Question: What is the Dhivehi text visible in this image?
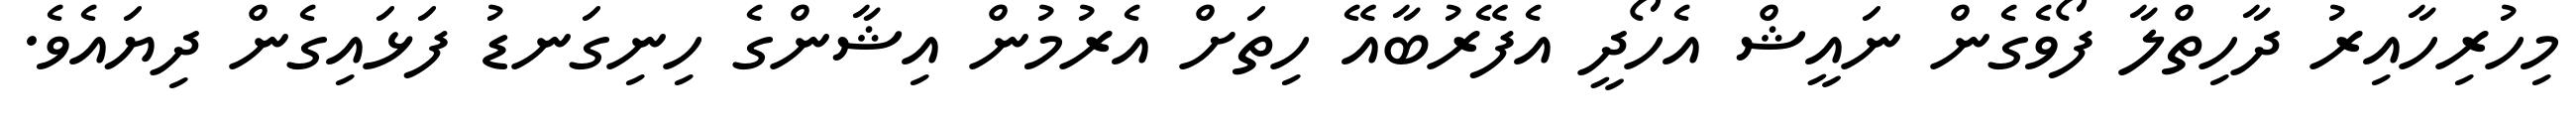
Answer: މިހުރިހާއިރު ދާހިތްލާ ފޯވެގެން ނައީޝް އެހޯދީ އެފޭރުބާއޭ ހިތަށް އެރުމުން އިޝާންގެ ހިނިގަނޑު ފަޅައިގެން ދިޔައެވެ.